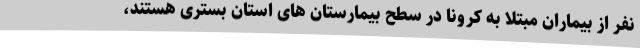
نفر از بیماران مبتلا به کرونا در سطح بیمارستان های استان بستری هستند،